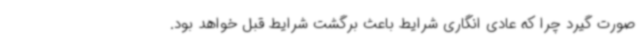
صورت گیرد چرا که عادی انگاری شرایط باعث برگشت شرایط قبل خواهد بود.